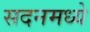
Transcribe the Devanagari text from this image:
सदनमध्ये